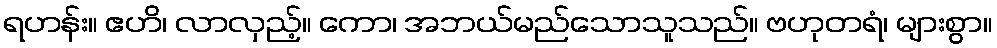
ရဟန်း။ ဧဟိ၊ လာလှည့်။ ကော၊ အဘယ်မည်သောသူသည်။ ဗဟုတရံ၊ များစွာ။